Civil Veterinary Department Bihar reports 1936-40 - 1936-1940
Year: 1936
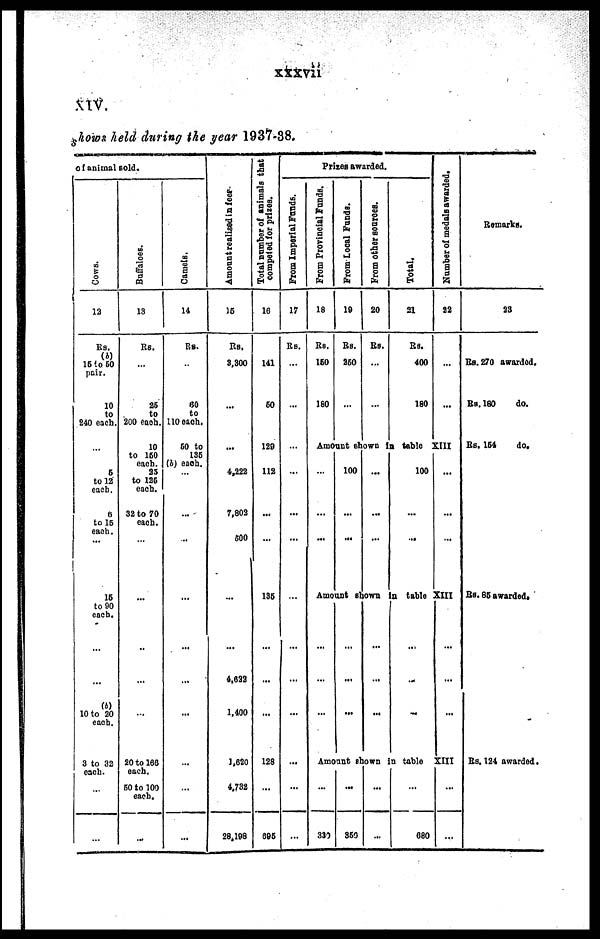
xxxvii
XIV.
shows held during the year 1937-38.
Of animal sold.
Cows.
12
Rs.
(b)
15 to 50
pair.
10
to
240 each.
...
6
to 12
each.
6
to 15
each.
...
15
to 90
each.
...
(b)
10 to 20
each.
3 to 32
each.
...
...
Buffaloes.
13
Rs.
...
26
to
200 each.
10
to 150
each.
25
to 126
each.
32 to 70
each.
...
...
...
...
20 to 160
each.
60 to 100
each.
...
Camels.
14
Rs.
...
60
to
110 each.
60 to
136
(b) each.
...
...
...
...
...
...
...
...
...
Amount realized in fees.
15
Rs.
3,300
...
...
4,222
7,802
600
...
4,622
1,400
1,620
4,732
28,198
Total number of animals that
competed for prizes.
16
141
50
129
112
...
...
135
...
...
128
...
696
Prizes awarded.
From Imperial Funds.
17
Rs.
...
...
...
...
...
...
...
...
...
...
...
...
From Provincial Funds.
18
Rs.
160
180
From Local Funds.
19
Rs.
260
...
From other sources.
20
Rs.
...
...
Total.
21
Rs.
400
180
Number of medals awarded.
22
...
...
Amount shown in table XIII
...
...
...
100
...
...
...
...
...
100
...
...
...
Amount shown in table XIII
...
...
...
...
...
...
...
...
...
...
Amount shown in table XIII
...
330
...
350
...
...
...
680
...
...
Remarks.
23
Rs. 270 awarded.
Rs. 180
do.
Rs. 154
do.
Rs. 85 awarded.
Rs. 124 awarded.